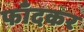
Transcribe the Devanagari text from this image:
फाँदकर